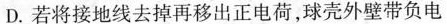
D. 若将接地线去掉再移出正电荷，球壳外壁带负电